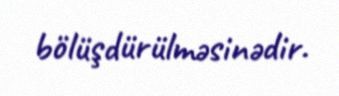
bölüşdürülməsinədir.